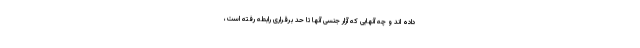
داده اند و چه آنهایی که آزار جنسی آنها تا حد برقراری رابطه رفته است،